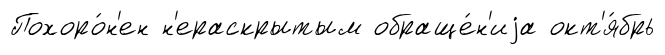
Похоро́н'ен н'ераскрытым обраще́н'иjа окт'я́брь